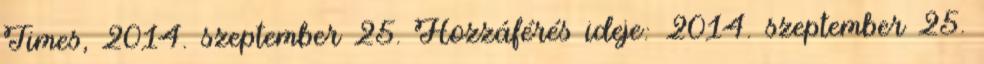
Times, 2014. szeptember 25. Hozzáférés ideje: 2014. szeptember 25.